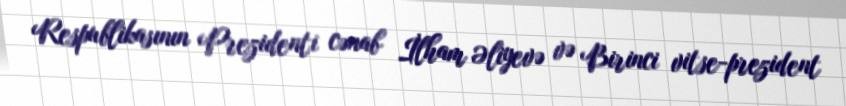
Respublikasının Prezidenti cənab İlham Əliyevə və Birinci vitse-prezident